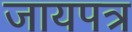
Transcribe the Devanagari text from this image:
जायपत्र